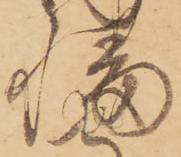
幡